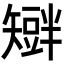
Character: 𥐆